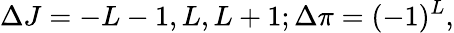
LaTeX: \Delta J=-L-1,L,L+1;\Delta\pi=(-1)^{L},